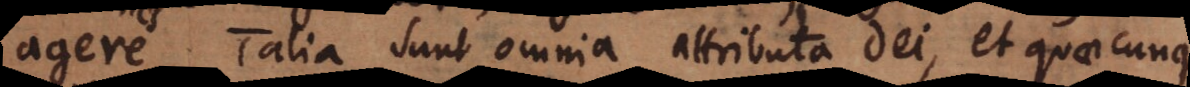
agere. Talia sunt omnia attributa Dei, et quaecunque